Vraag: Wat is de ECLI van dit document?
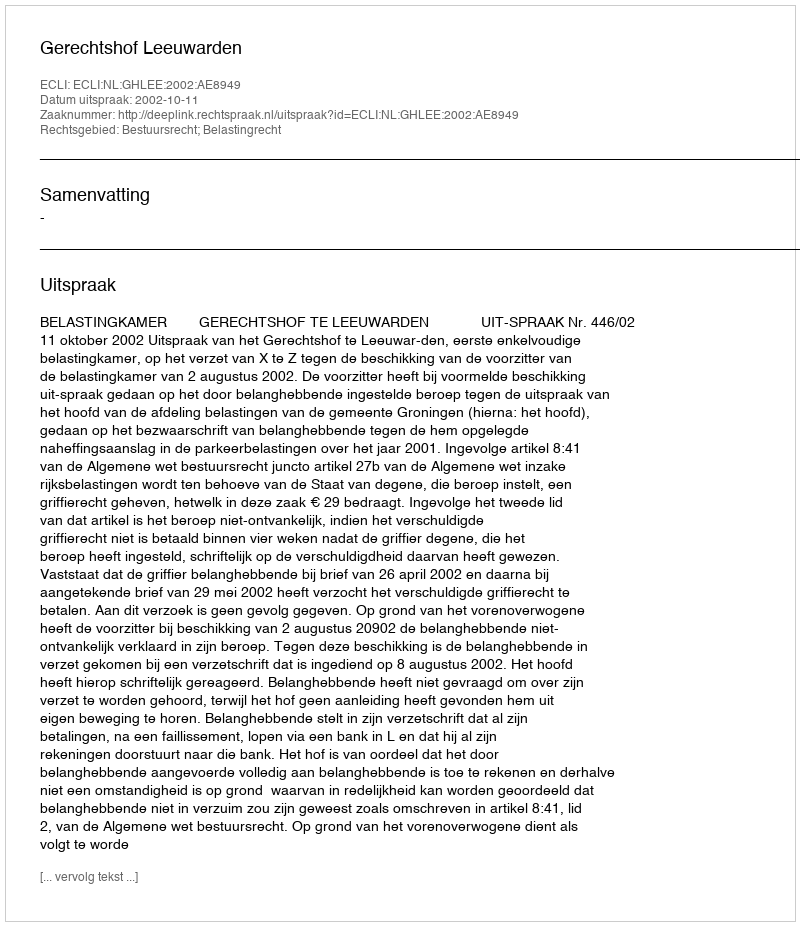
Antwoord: ECLI:NL:GHLEE:2002:AE8949